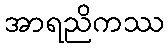
အာရညိကဿ